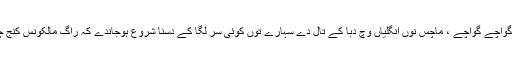
منو بھائی بغیر اوہ ذرا گواچے گواچے ، ماچس نوں انگلیاں وچ دبا کے تال دے سہارے توں کوئی سر لگا کے دسنا شروع ہوجاندے کہ راگ مالکونس کنج چندر کونس ہوجاندا ہے۔